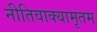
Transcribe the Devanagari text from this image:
नीतिवाक्यामृतम